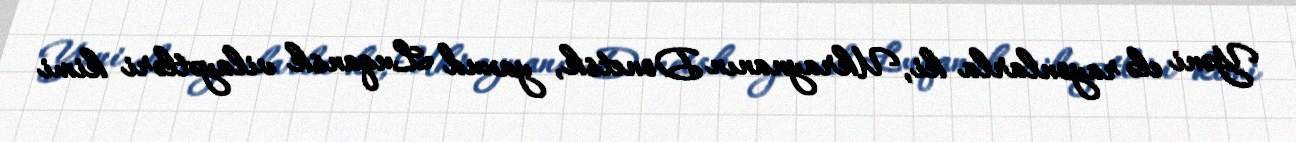
Yəni elə rayonlarla ki, Ukraynanın Donetsk, yaxud Luqansk vilayətləri kimi